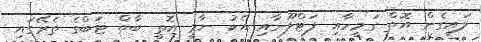
ލައިގެން އޮތް ގަމީހާއި ފަޓްލޫނާއި އެކު ނާމީ އޮތީ ބާތް ޓަބްގެ ތެރޭގައި